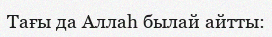
Тағы да Аллаһ былай айтты: